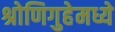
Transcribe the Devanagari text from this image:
श्रोणिगुहेमध्ये